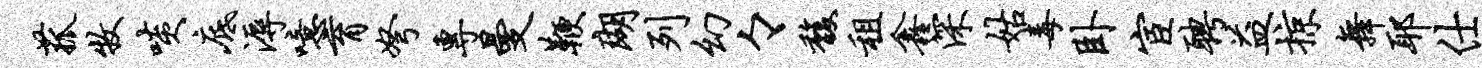
菰牧啖底溽噫育弩专曼鞭瑚列幻々馥租鑫深姑毒卧宦聘益掠舞耶仕